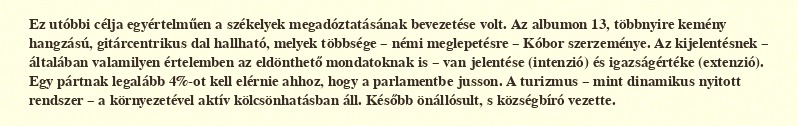
Ez utóbbi célja egyértelműen a székelyek megadóztatásának bevezetése volt. Az albumon 13, többnyire kemény hangzású, gitárcentrikus dal hallható, melyek többsége – némi meglepetésre – Kóbor szerzeménye. Az kijelentésnek – általában valamilyen értelemben az eldönthető mondatoknak is – van jelentése (intenzió) és igazságértéke (extenzió). Egy pártnak legalább 4%-ot kell elérnie ahhoz, hogy a parlamentbe jusson. A turizmus – mint dinamikus nyitott rendszer – a környezetével aktív kölcsönhatásban áll. Később önállósult, s községbíró vezette.